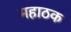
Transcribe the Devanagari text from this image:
महाठक